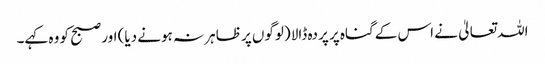
اللہ تعالیٰ نے اس کے گناہ پر پردہ ڈالا (لوگوں پر ظاہر نہ ہونے دیا) اور صبح کو وہ کہے۔